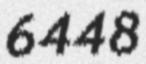
6448